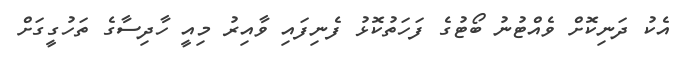
އެކު ދަނިކޮށް ވެއްޓުނު ބޯޓުގެ ފަހަތުކޮޅު ފެނިފައި ވާއިރު މިއީ ހާދިސާގެ ތަހުގީގަށް